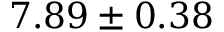
7 . 8 9 \pm 0 . 3 8